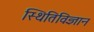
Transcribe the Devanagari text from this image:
स्थितिविज्ञान